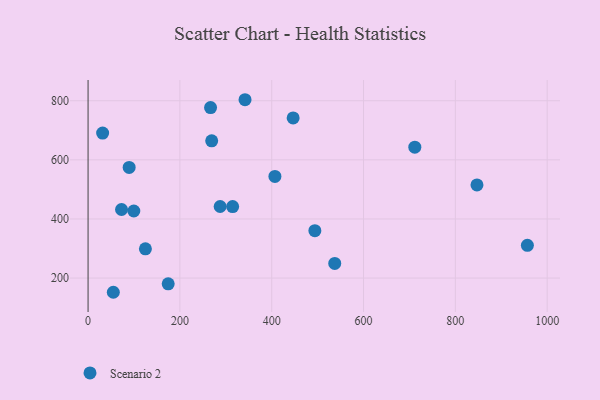
{"axis": {"x": "Distance", "y": "Salary"}, "legend": ["Scenario 2"], "data": [{"x": "174.5", "y": 180.7, "type": "Scenario 2"}, {"x": "537.3", "y": 249.6, "type": "Scenario 2"}, {"x": "341.9", "y": 803.5, "type": "Scenario 2"}, {"x": "31.7", "y": 690.5, "type": "Scenario 2"}, {"x": "494.0", "y": 360.3, "type": "Scenario 2"}, {"x": "287.7", "y": 442.2, "type": "Scenario 2"}, {"x": "72.9", "y": 432.0, "type": "Scenario 2"}, {"x": "89.5", "y": 574.3, "type": "Scenario 2"}, {"x": "407.0", "y": 544.0, "type": "Scenario 2"}, {"x": "55.0", "y": 152.0, "type": "Scenario 2"}, {"x": "446.7", "y": 742.0, "type": "Scenario 2"}, {"x": "847.1", "y": 515.1, "type": "Scenario 2"}, {"x": "314.9", "y": 441.9, "type": "Scenario 2"}, {"x": "99.6", "y": 427.0, "type": "Scenario 2"}, {"x": "956.9", "y": 310.8, "type": "Scenario 2"}, {"x": "124.9", "y": 299.1, "type": "Scenario 2"}, {"x": "266.8", "y": 777.1, "type": "Scenario 2"}, {"x": "711.7", "y": 643.0, "type": "Scenario 2"}, {"x": "269.3", "y": 664.4, "type": "Scenario 2"}]}